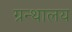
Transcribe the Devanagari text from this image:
ग्रन्‍थालय